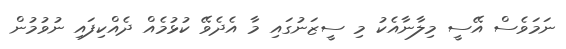
ނަމަވެސް އޭސީ މިލާނާއެކު މި ސީޒަނުގައި މާ އެދެވޭ ކުޅުމެއް ދެއްކިފައި ނުވުމުން